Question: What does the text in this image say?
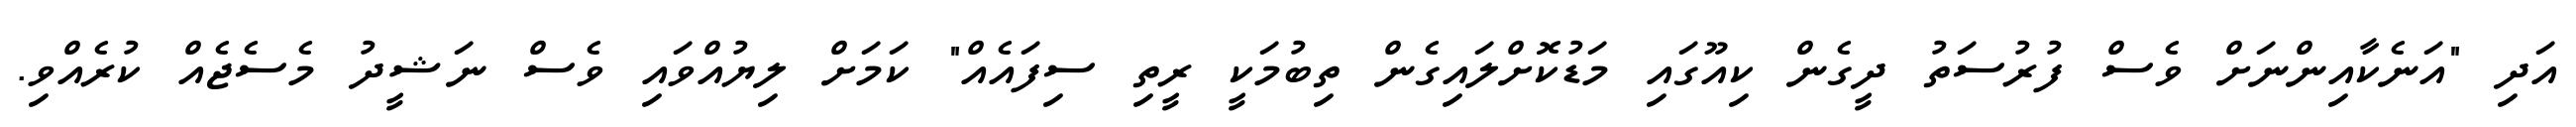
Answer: އަދި "އަނެކާއިންނަށް ވެސް ފުރުސަތު ދީގެން ކިއޫގައި މަޑުކޮށްލައިގެން ތިބުމަކީ ރީތި ސިފައެއް" ކަމަށް ލިޔުއްވައި ވެސް ނަޝީދު މެސެޖެއް ކުރެއްވި.